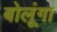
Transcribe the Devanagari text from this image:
बोलूंगा